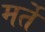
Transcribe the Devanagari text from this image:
मर्ते